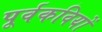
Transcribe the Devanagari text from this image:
पूर्वकवियों